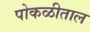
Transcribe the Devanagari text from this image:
पोकळीताल